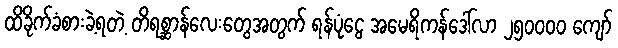
ထိခိုက်ခံစားခဲ့ရတဲ့ တိရစ္ဆာန်လေးတွေအတွက် ရန်ပုံငွေ အမေရိကန်ဒေါ်လာ ၂၅၀၀၀၀ ကျော်